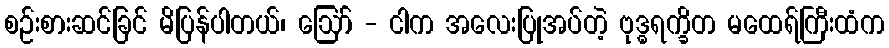
စဉ်းစားဆင်ခြင် မိပြန်ပါတယ်၊ ဪ - ငါက အလေးပြုအပ်တဲ့ ဗုဒ္ဓရက္ခိတ မထေရ်ကြီးထံက